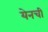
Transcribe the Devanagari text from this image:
येनची